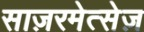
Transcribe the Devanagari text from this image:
साज़रमेत्सेज़